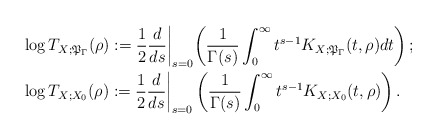
\begin{align*}&\log T_{X;\mathfrak{P}_\Gamma}(\rho):=\frac{1}{2}\frac{d}{ds}\biggl|_{s=0}\left(\frac{1}{\Gamma(s)}\int_0^\infty t^{s-1}K_{X;\mathfrak{P}_\Gamma}(t,\rho)dt\right);\\&\log T_{X;X_0}(\rho):=\frac{1}{2}\frac{d}{ds}\biggr|_{s=0}\left(\frac{1}{\Gamma(s)}\int_0^\infty t^{s-1}K_{X;X_0}(t,\rho)\right).\end{align*}